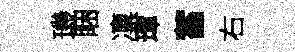
璣睏凛璋蓄右